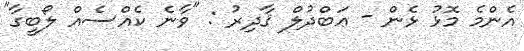
އެންމެ މޮޅު ޅެން - ޢަބްދުލް ޤާދިރު : "ވާނެ ކެއްސެއް ލޯބީގާ"